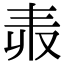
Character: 𠬻